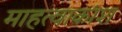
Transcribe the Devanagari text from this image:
माहत्वाकांश